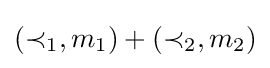
(\prec _{1},m_{1})+(\prec _{2},m_{2})